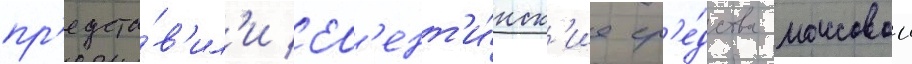
пр'едста́в'ил'и арг'ент'и́нск'ие ср'е́дства массовои